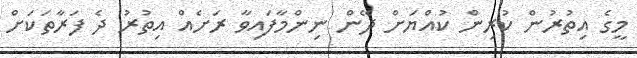
މީގެ އިތުރުން ކުރިން ކުއްޔަށް ދޭން ނިންމާފައިވާ ރަށެއް އިތުރު ދެ ފަރާތަކަށް